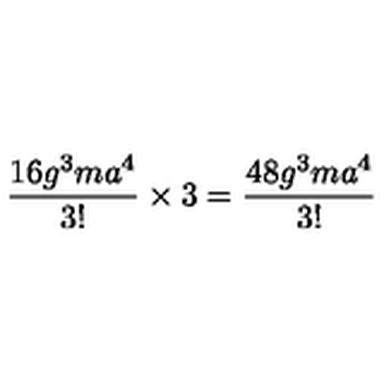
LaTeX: \frac { 1 6 g ^ { 3 } m a ^ { 4 } } { 3 ! } \times 3 = \frac { 4 8 g ^ { 3 } m a ^ { 4 } } { 3 ! }